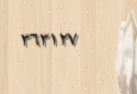
٣٦٣١٢٧